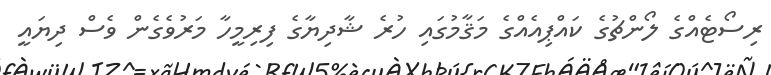
ރިސޯޓެއްގެ ލޯންޗުގެ ކައްޕިއެއްގެ މަޤާމުގައި ހުރެ ޝާދިޔާގެ ފިރިމީހާ މަރުވެގެން ވެސް ދިޔައީ